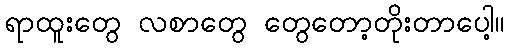
ရာထူးတွေ လစာတွေ တွေတော့တိုးတာပေါ့။